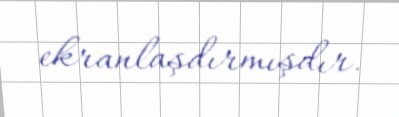
ekranlaşdırmışdır.